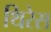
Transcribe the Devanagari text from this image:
थिरेस